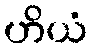
ဟိယံ